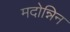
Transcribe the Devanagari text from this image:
मदोन्निन